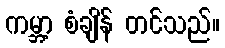
ကမ္ဘာ့ စံချိန် တင်သည်။